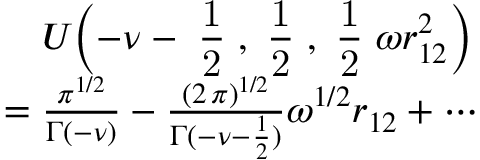
\begin{array} { r l } & { \mathrel { \phantom { = } } U \Bigl ( - \nu - \mathrm { \small ~ \displaystyle \frac { 1 } { 2 } ~ } , \mathrm { \small ~ \displaystyle \frac { 1 } { 2 } ~ } , \mathrm { \small ~ \displaystyle \frac { 1 } { 2 } ~ } \omega r _ { 1 2 } ^ { 2 } \Bigr ) } \\ & { = \frac { \pi ^ { 1 / 2 } } { \Gamma ( - \nu ) } - \frac { ( 2 \, \pi ) ^ { 1 / 2 } } { \Gamma ( - \nu - \frac { 1 } { 2 } ) } \omega ^ { 1 / 2 } r _ { 1 2 } + \cdots } \end{array}